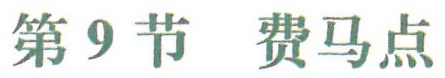
第9节 费马点